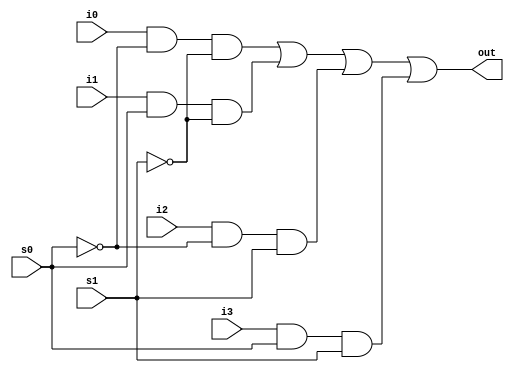
module mux4_1 (i0,i1,i2,i3,s0,s1,out);

input i0,i1,i2,i3,s0,s1;
output out;

wire ns0,ns1,wi0,wi1,wi2,wi3;

not(ns0,s0);
not(ns1,s1);

and(wi0,i0,ns0,ns1);

and(wi1,i1,s0,ns1);

and(wi2,i2,ns0,s1);

and(wi3,i3,s0,s1);

or (out,wi0,wi1,wi2,wi3);

endmodule


module test_mux4_1;

reg _i0,_i1,_i2,_i3,_s0,_s1;
wire _out;

mux4_1 full(.i0(_i0),.i1(_i1),.i2(_i2),.i3(_i3),.s0(_s0),.s1(_s1),.out(_out));

initial begin
_i0=1'b1; _i1=1'b0; _i2=1'b0; _i3=1'b0; _s0=1'b0; _s1=1'b0;

#10

_i0=1'b1; _i1=1'b0; _i2=1'b1; _i3=1'b1; _s0=1'b1; _s1=1'b0;

#10

_i0=1'b0; _i1=1'b0; _i2=1'b1; _i3=1'b0; _s0=1'b0; _s1=1'b1;

#10

_i0=1'b0; _i1=1'b0; _i2=1'b0; _i3=1'b1; _s0=1'b1; _s1=1'b1;


end

endmodule